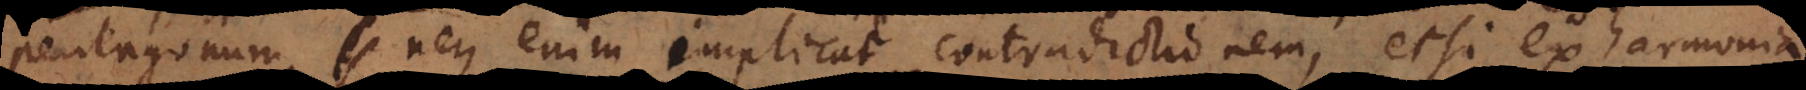
pentagonum, neque enim implicat contradictionem, etsi ex harmonia